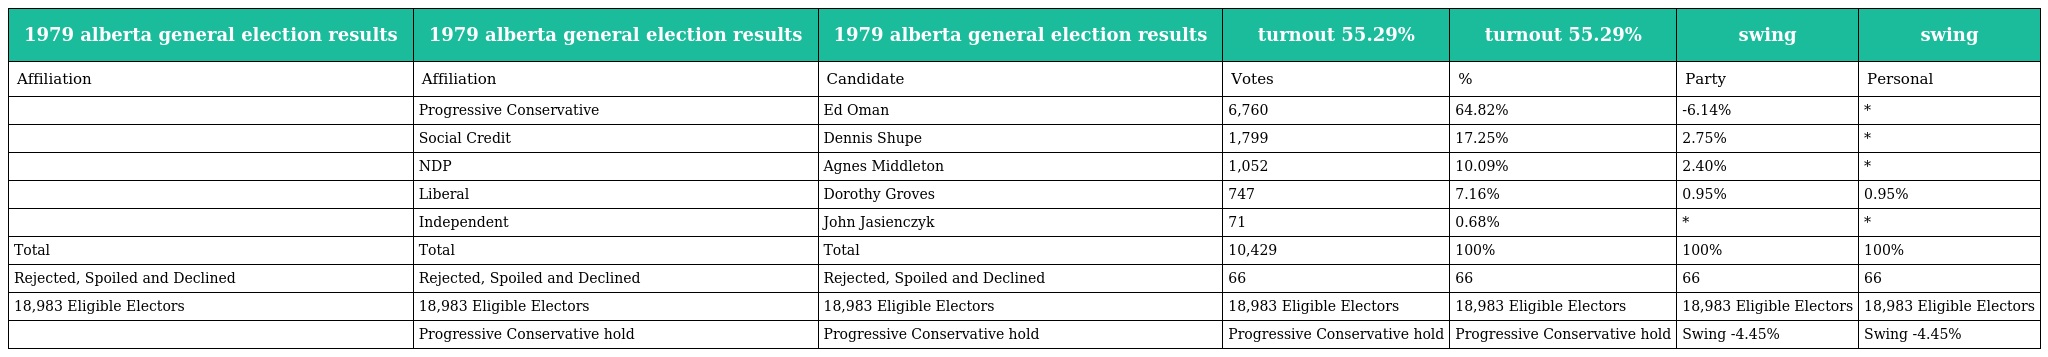
| 1979 alberta general election results | 1979 alberta general election results | 1979 alberta general election results | turnout 55.29% | turnout 55.29% | swing | swing |
 | --- | --- | --- | --- | --- | --- | --- |
 | Affiliation | Affiliation | Candidate | Votes | % | Party | Personal |
 |  | Progressive Conservative | Ed Oman | 6,760 | 64.82% | -6.14% | * |
 |  | Social Credit | Dennis Shupe | 1,799 | 17.25% | 2.75% | * |
 |  | NDP | Agnes Middleton | 1,052 | 10.09% | 2.40% | * |
 |  | Liberal | Dorothy Groves | 747 | 7.16% | 0.95% | 0.95% |
 |  | Independent | John Jasienczyk | 71 | 0.68% | * | * |
 | Total | Total | Total | 10,429 | 100% | 100% | 100% |
 | Rejected, Spoiled and Declined | Rejected, Spoiled and Declined | Rejected, Spoiled and Declined | 66 | 66 | 66 | 66 |
 | 18,983 Eligible Electors | 18,983 Eligible Electors | 18,983 Eligible Electors | 18,983 Eligible Electors | 18,983 Eligible Electors | 18,983 Eligible Electors | 18,983 Eligible Electors |
 |  | Progressive Conservative hold | Progressive Conservative hold | Progressive Conservative hold | Progressive Conservative hold | Swing -4.45% | Swing -4.45% |